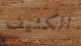
الكثيف